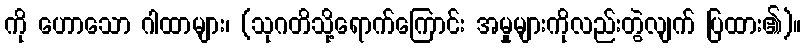
ကို ဟောသော ဂါထာများ၊ (သုဂတိသို့ရောက်ကြောင်း အမှုများကိုလည်းတွဲလျက် ပြထား၏)။